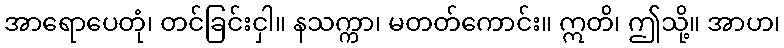
အာရောပေတုံ၊ တင်ခြင်းငှါ။ နသက္ကာ၊ မတတ်ကောင်း။ ဣတိ၊ ဤသို့။ အာဟ၊